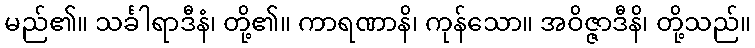
မည်၏။ သင်္ခါရာဒီနံ၊ တို့၏။ ကာရဏာနိ၊ ကုန်သော။ အဝိဇ္ဇာဒီနိ၊ တို့သည်။